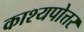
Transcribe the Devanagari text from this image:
काश्यपोत्तर